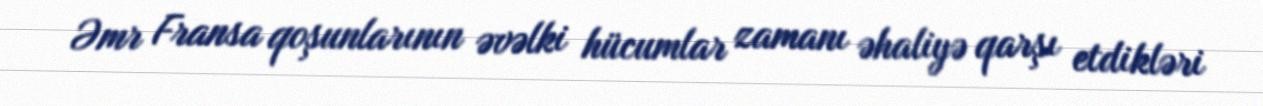
Əmr Fransa qoşunlarının əvəlki hücumlar zamanı əhaliyə qarşı etdikləri